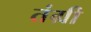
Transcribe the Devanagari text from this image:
तंग्री